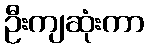
ဦးကျဆုံးကာ